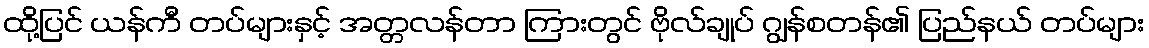
ထို့ပြင် ယန်ကီ တပ်များနှင့် အတ္တလန်တာ ကြားတွင် ဗိုလ်ချုပ် ဂျွန်စတန်၏ ပြည်နယ် တပ်များ